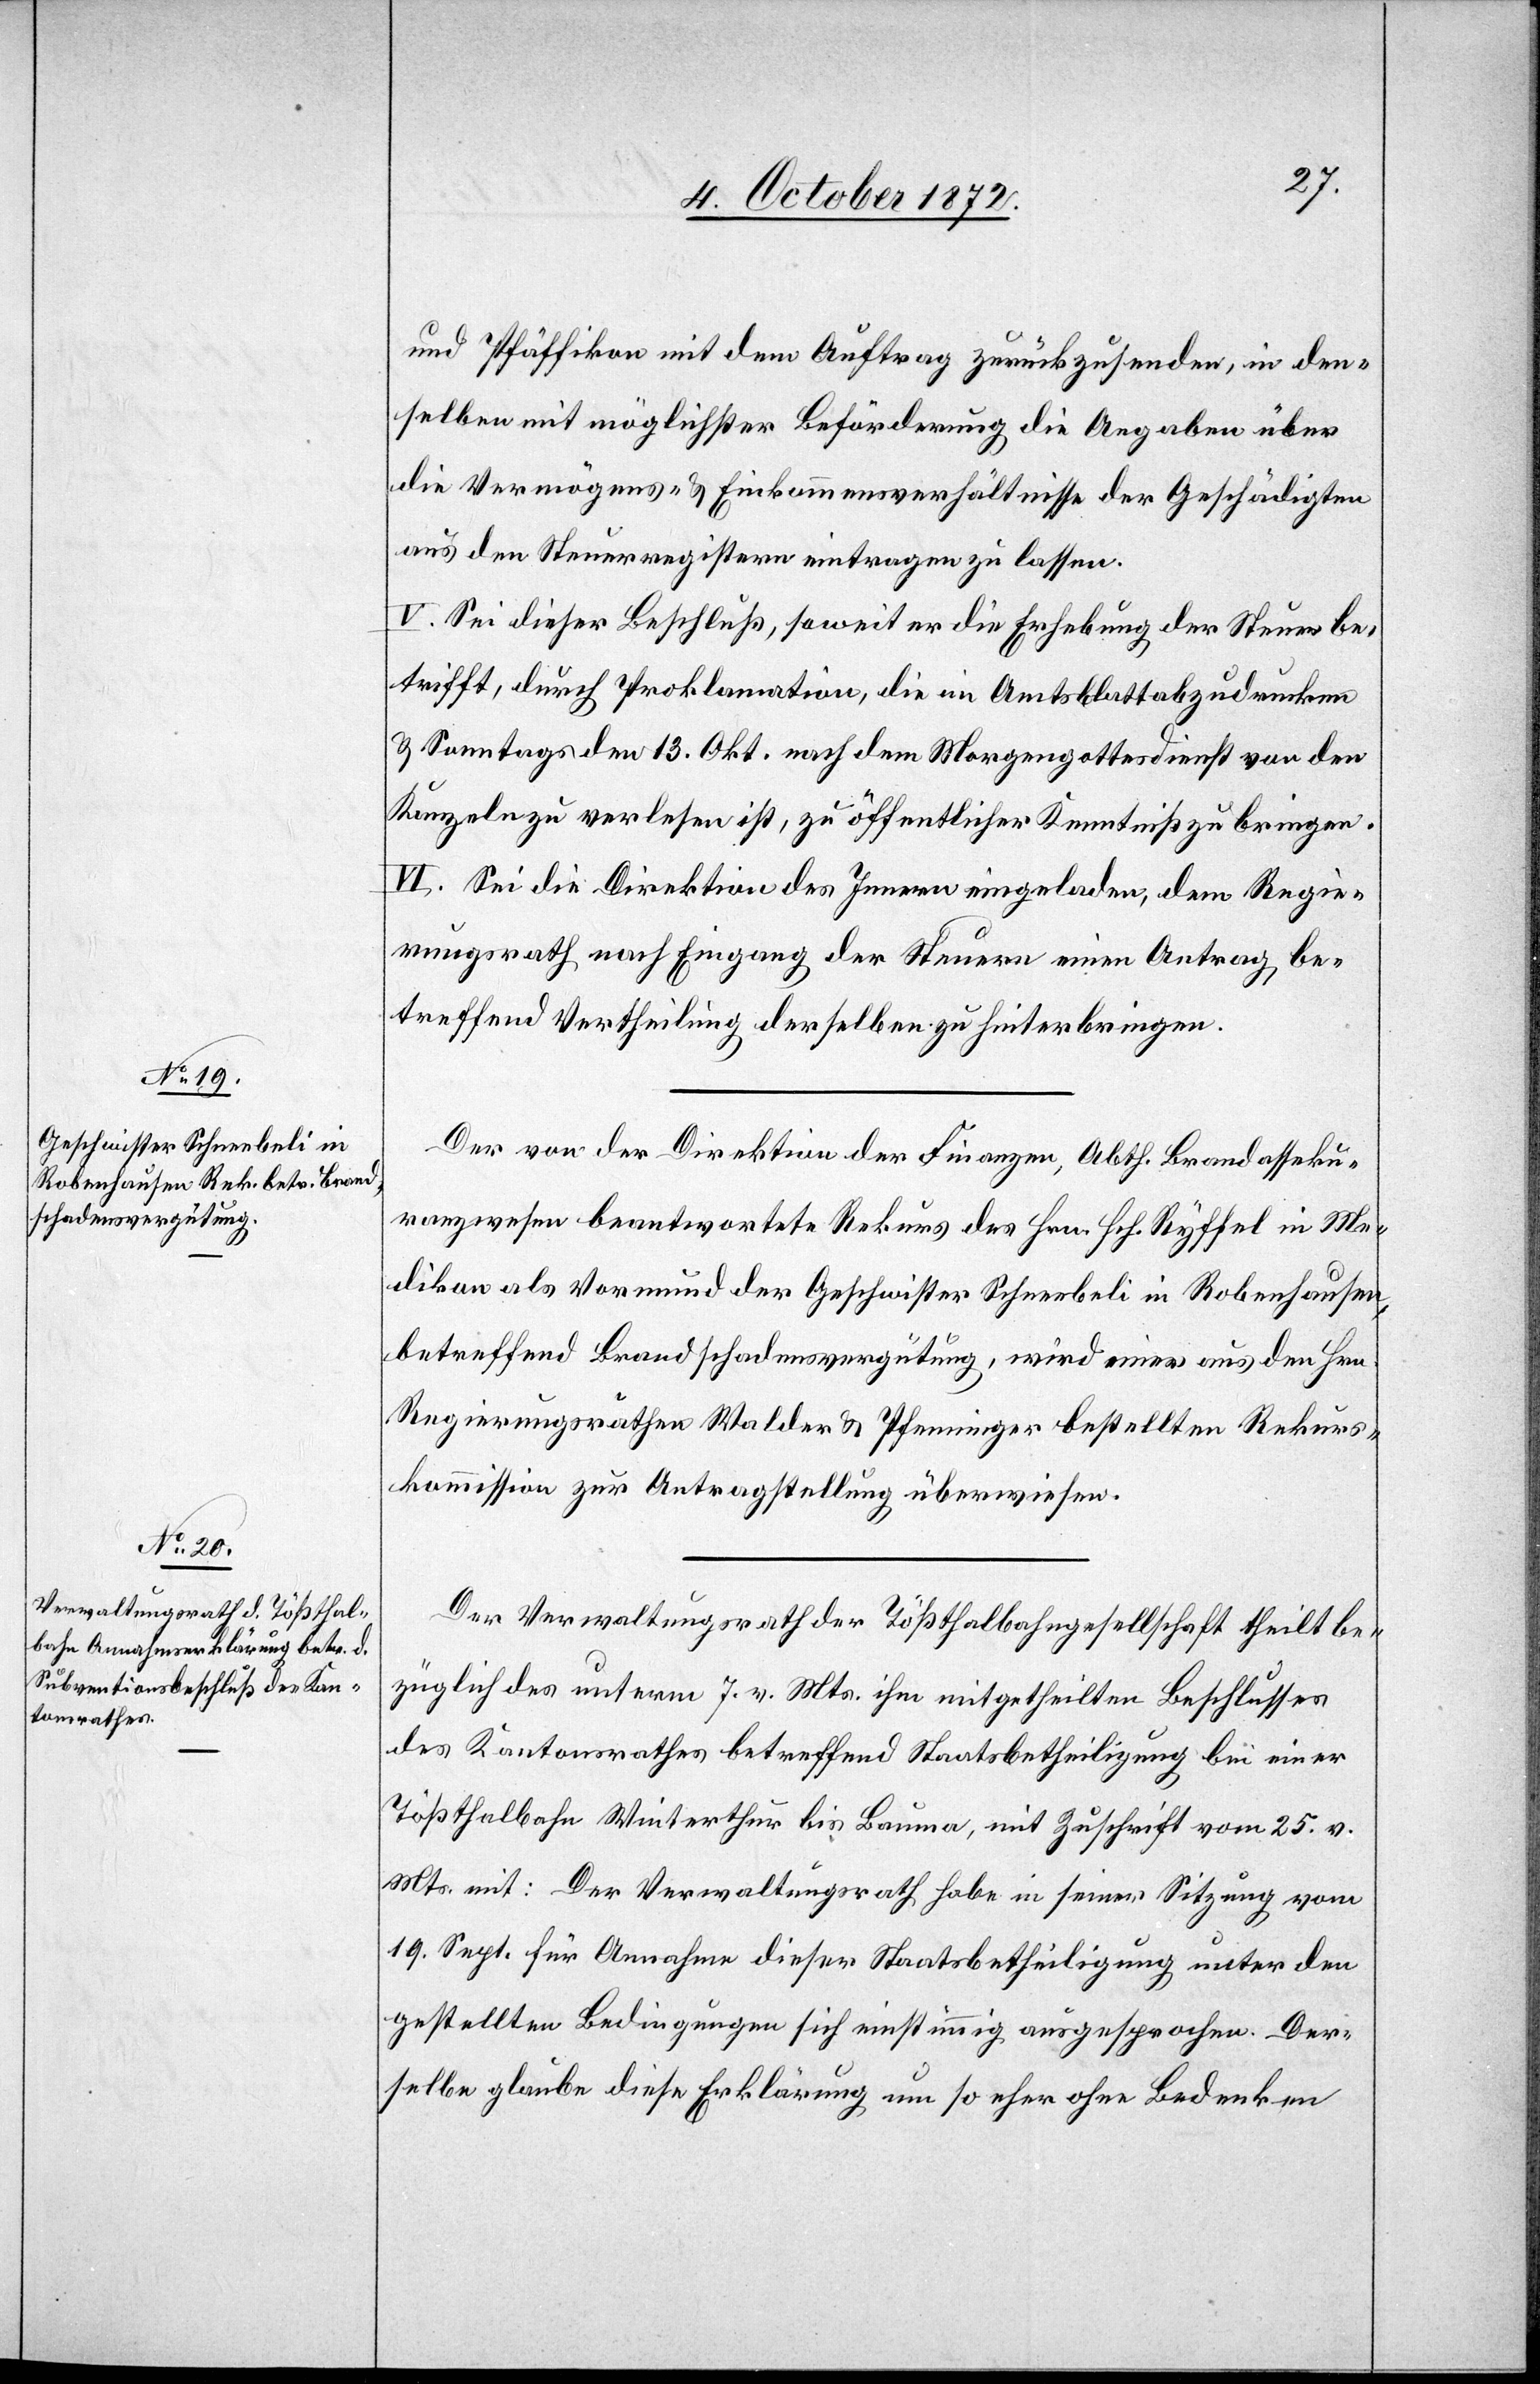
und Pfäffikon mit dem Auftrag zurückzusenden, in den¬
selben mit möglichster Beförderung die Angaben über
die Vermögens- u. Einkommensverhältnisse der Geschädigten
aus den Steuerregistern eintragen zu lassen.
V. Sei dieser Beschluß, soweit er die Erhebung der Steuer be¬
trifft, durch Proklamation, die im Amtsblatt abzudrucken
u. Sonntags den 13. Okt. nach dem Morgengottesdienst von den
Kanzeln zu verlesen ist, zu öffentlicher Kenntniß zu bringen.
VI. Sei die Direktion des Innern eingeladen, dem Regie¬
rungsrath nach Eingang der Steuern einen Antrag be¬
treffend Vertheilung derselben zu hinterbringen.
Der von der Direktion der Finanzen, Abth. Brandasseku¬
ranzwesen beantwortete Rekurs des Hrn. Hch. Ryffel in Me¬
dikon als Vormund der Geschwister Schneebeli in Robenhausen,
betreffend Brandschadensvergütung, wird einer aus den Hrn.
Regierungsräthen Walder u. Pfenninger bestellten Rekurs¬
kommisson zur Antragstellung überwiesen.
Der Verwaltungsrath der Tößthalbahngesellschaft theilt be¬
züglich des unterm 7. v. Mts. ihm mitgetheilten Beschlusses
des Kantonsrathes betreffend Staatsbetheiligung bei einer
Tößthalbahn Winterthur bis Bauma, mit Zuschrift vom 25. v.
Mts. mit: Der Verwaltungsrath habe in seiner Sitzung vom
19. Sept. für Annahme dieser Staatsbetheiligung unter den
gestellten Bedingungen sich einstimmig ausgesprochen. Der¬
selbe glaube diese Erklärung um so eher ohne Bedenken